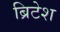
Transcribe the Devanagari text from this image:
ब्रिटेश